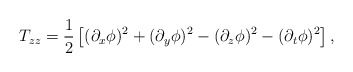
\begin{align*}T_{zz}={1\over 2} \left[ (\partial_x\phi)^2+(\partial_y\phi)^2-(\partial_z\phi)^2-(\partial_t\phi)^2 \right],\end{align*}